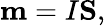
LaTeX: \mathbf{m}=I\mathbf{S},